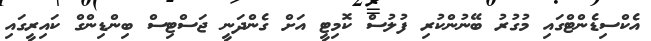
އެކްސިޑެންޓްގައި މުގުރު ބޭނުންކުރި ފުލުސް ކޮމިޓީ އަށް ގެންދަނީ ޖަސްޓިސް ބިންޑިންގް ކައިރީގައި